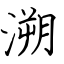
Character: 溯